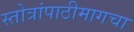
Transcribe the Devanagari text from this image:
स्तोत्रांपाठीमागचा